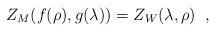
LaTeX: \begin{align*}Z_M(f(\rho),g(\lambda))=Z_W(\lambda,\rho) \;\; ,\end{align*}